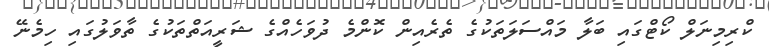
ކްރިމިނަލް ކޯޓްގައި ބަލާ މައްސަލަތަކުގެ ތެރެއިން ކޮންމެ ދުވަހެއްގެ ޝަރީއަތްތަކުގެ ތާވަލުގައި ހިމެނޭ